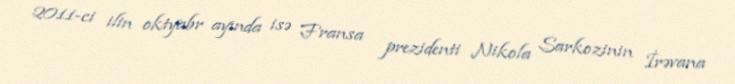
2011-ci ilin oktyabr ayında isə Fransa prezidenti Nikola Sarkozinin İrəvana